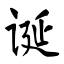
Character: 诞